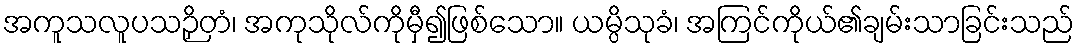
အကူသလူပသဉှိတံ၊ အကုသိုလ်ကိုမှီ၍ဖြစ်သော။ ယမ္ပိသုခံ၊ အကြင်ကိုယ်၏ချမ်းသာခြင်းသည်